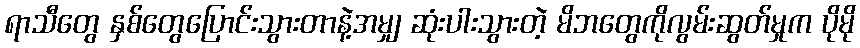
ရာသီတွေ နှစ်တွေပြောင်းသွားတာနဲ့အမျှ ဆုံးပါးသွားတဲ့ မိဘတွေကိုလွမ်းဆွတ်မှုက ပိုမို